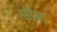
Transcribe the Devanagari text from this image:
संर्दभा